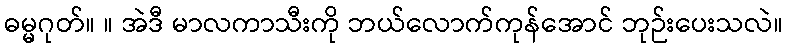
ဓမ္မဂုတ်။ ။ အဲဒီ မာလကာသီးကို ဘယ်လောက်ကုန်အောင် ဘုဉ်းပေးသလဲ။